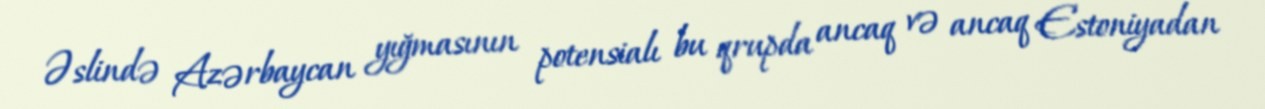
Əslində Azərbaycan yığmasının potensialı bu qrupda ancaq və ancaq Estoniyadan